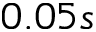
0 . 0 5 s